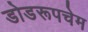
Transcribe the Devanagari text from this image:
डोडरूपचेम